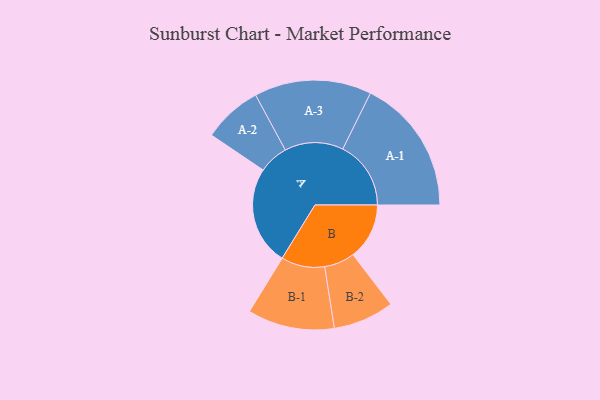
{"axis": {"x": "Segment", "y": "Value"}, "legend": ["", "A", "B"], "data": [{"x": "A", "y": 425, "type": ""}, {"x": "B", "y": 242, "type": ""}, {"x": "A-1", "y": 293, "type": "A"}, {"x": "A-2", "y": 127, "type": "A"}, {"x": "A-3", "y": 252, "type": "A"}, {"x": "B-1", "y": 187, "type": "B"}, {"x": "B-2", "y": 131, "type": "B"}]}